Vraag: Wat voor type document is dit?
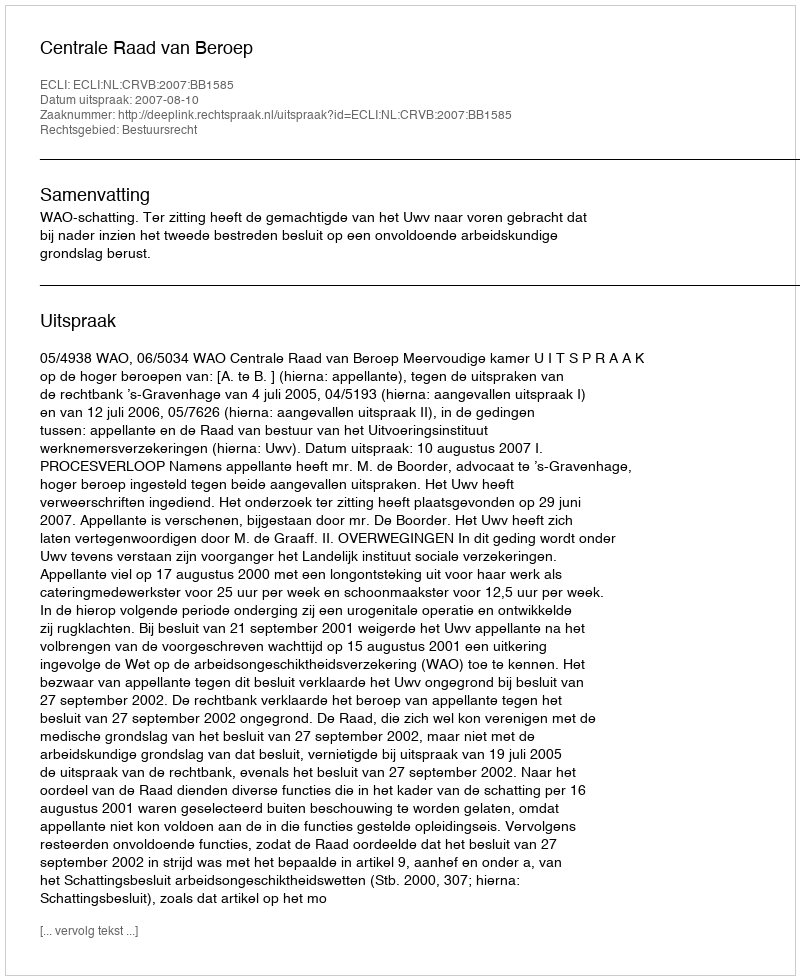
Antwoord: Uitspraak